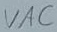
Text: VAC